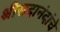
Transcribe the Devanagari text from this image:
श्रीसदानंदांचे